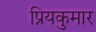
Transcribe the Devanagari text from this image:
प्रियकुमार